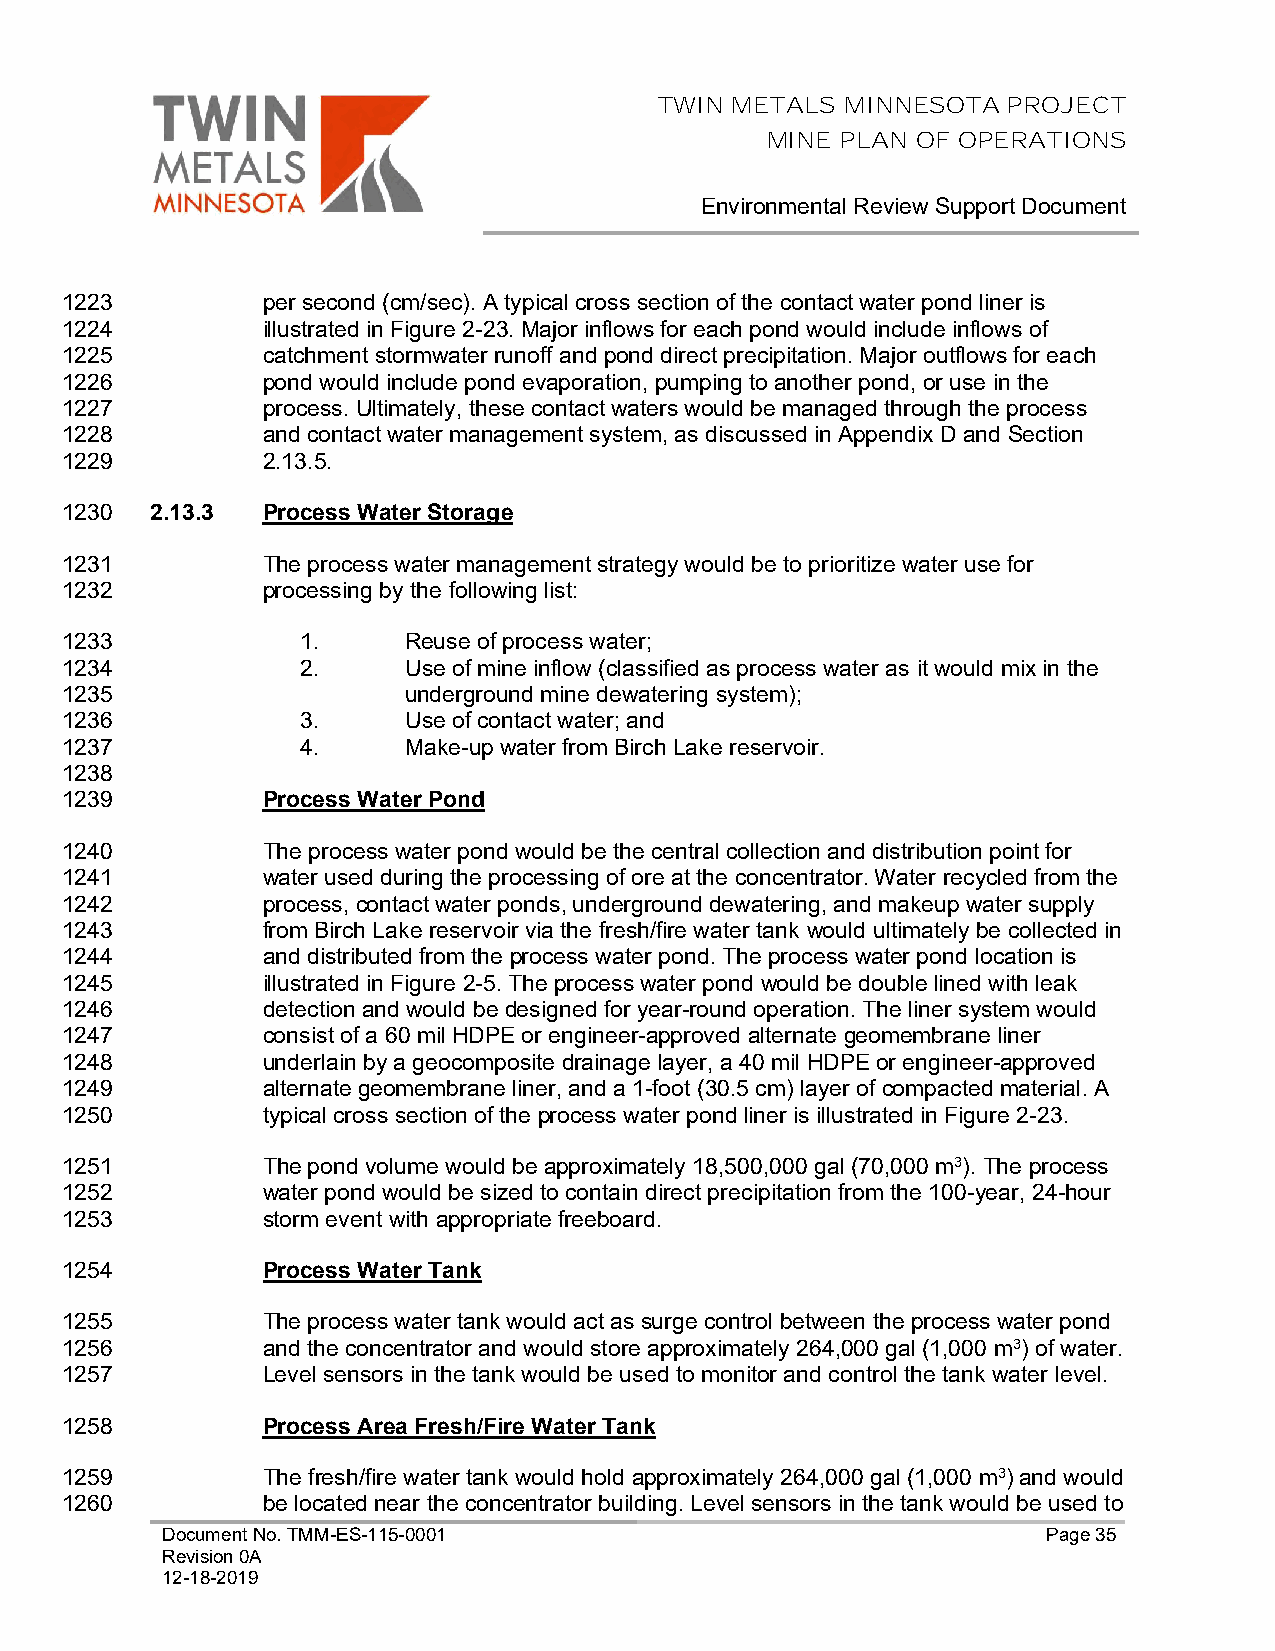
TWIN METALS MINNESOTA  PROJECT
 MINE PLAN OF OPERATIONS
 Environmental Review Support Document
 1223         per second (cm/sec). A typical cross section of the contact water pond liner is
 1224         illustrated in Figure 2-23. Major inflows for each pond would include inflows of
 1225         catchment stormwater runoff and pond direct precipitation. Major outflows for each
 1226         pond would include pond evaporation, pumping to another pond, or use in the
 1227         process. Ultimately, these contact waters would be managed through the process
 1228         and contact water management system, as discussed in Appendix D and Section
 1229         2.13.5.
 1230  2.13.3 Process Water Storage
 1231         The process water management strategy would be to prioritize water use for
 1232         processing by the following list:
 1233            1.     Reuse of process water;
 1234            2.     Use of mine inflow (classified as process water as it would mix in the
 1235                   underground mine dewatering system);
 1236            3.     Use of contact water; and
 1237            4.     Make-up water from Birch Lake reservoir.
 1238
 1239         Process Water Pond
 1240         The process water pond would be the central collection and distribution point for
 1241         water used during the processing of ore at the concentrator. Water recycled from the
 1242         process, contact water ponds, underground dewatering, and makeup water supply
 1243         from Birch Lake reservoir via the fresh/fire water tank would ultimately be collected in
 1244         and distributed from the process water pond. The process water pond location is
 1245         illustrated in Figure 2-5. The process water pond would be double lined with leak
 1246         detection and would be designed for year-round operation. The liner system would
 1247         consist of a 60 mil HDPE or engineer-approved alternate geomembrane liner
 1248         underlain by a geocomposite drainage layer, a 40 mil HDPE or engineer-approved
 1249         alternate geomembrane liner, and a 1-foot (30.5 cm) layer of compacted material. A
 1250         typical cross section of the process water pond liner is illustrated in Figure 2-23.
 1251         The pond volume would be approximately 18,500,000 gal (70,000 m3). The process
 1252         water pond would be sized to contain direct precipitation from the 100-year, 24-hour
 1253         storm event with appropriate freeboard.
 1254         Process Water Tank
 1255         The process water tank would act as surge control between the process water pond
 1256         and the concentrator and would store approximately 264,000 gal (1,000 m3) of water.
 1257         Level sensors in the tank would be used to monitor and control the tank water level.
 1258         Process Area Fresh/Fire Water Tank
 1259         The fresh/fire water tank would hold approximately 264,000 gal (1,000 m3) and would
 1260         be located near the concentrator building. Level sensors in the tank would be used to
 Document No. TMM-ES-115-0001                              Page 35
 Revision 0A
 12-18-2019